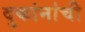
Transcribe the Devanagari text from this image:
दुकांनांची